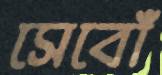
সেবোঁ